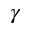
\gamma